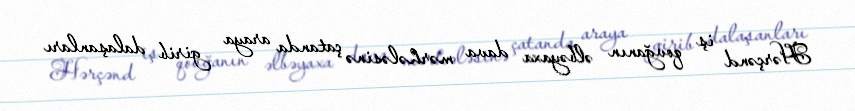
Hərçənd iş qovğanın əlbəyaxa dava mərhələsinə çatanda araya girib dalaşanları